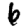
Digit: 6